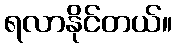
ရလာနိုင်တယ်။